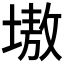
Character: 𡏼